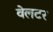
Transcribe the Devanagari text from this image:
वेलटर